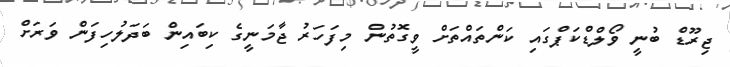
ޖިރޫޑް ބުނީ ވޯލްޑްކަޕްގައި ކަންތައްތަށް ވީގޮތުން މިފަހަރު ޖާމަނީގެ ކިބައިން ބަދަލުހިފަން ވަރަށް